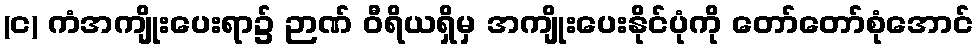
(င) ကံအကျိုးပေးရာ၌ ဉာဏ် ဝီရိယရှိမှ အကျိုးပေးနိုင်ပုံကို တော်တော်စုံအောင်